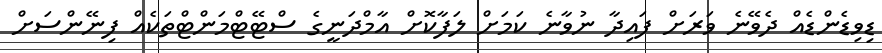
ޑިވިޑެންޑެއް ދެވޭނެ ވަރަށް ފައިދާ ނުވާނެ ކަމަށް ލަފާކޮށް އާމްދަނީގެ ސްޓޭޓްމަންޓްތަކެއް ފިނޭންސަށް